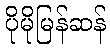
ပိုမိုမြန်ဆန်